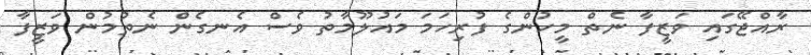
ރާއްޖޭގައި ވަޒީފާ ނެތް މީހުންގެ ފުރިހަމަ މައުލޫމާތު ވެސް އެނގެން ނެތުމުން ވަޒީފާ